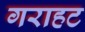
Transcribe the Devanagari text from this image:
गराहट